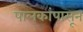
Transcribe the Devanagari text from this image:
पालकांपासून